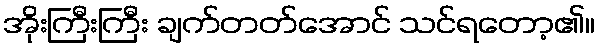
အိုးကြီးကြီး ချက်တတ်အောင် သင်ရတော့၏။